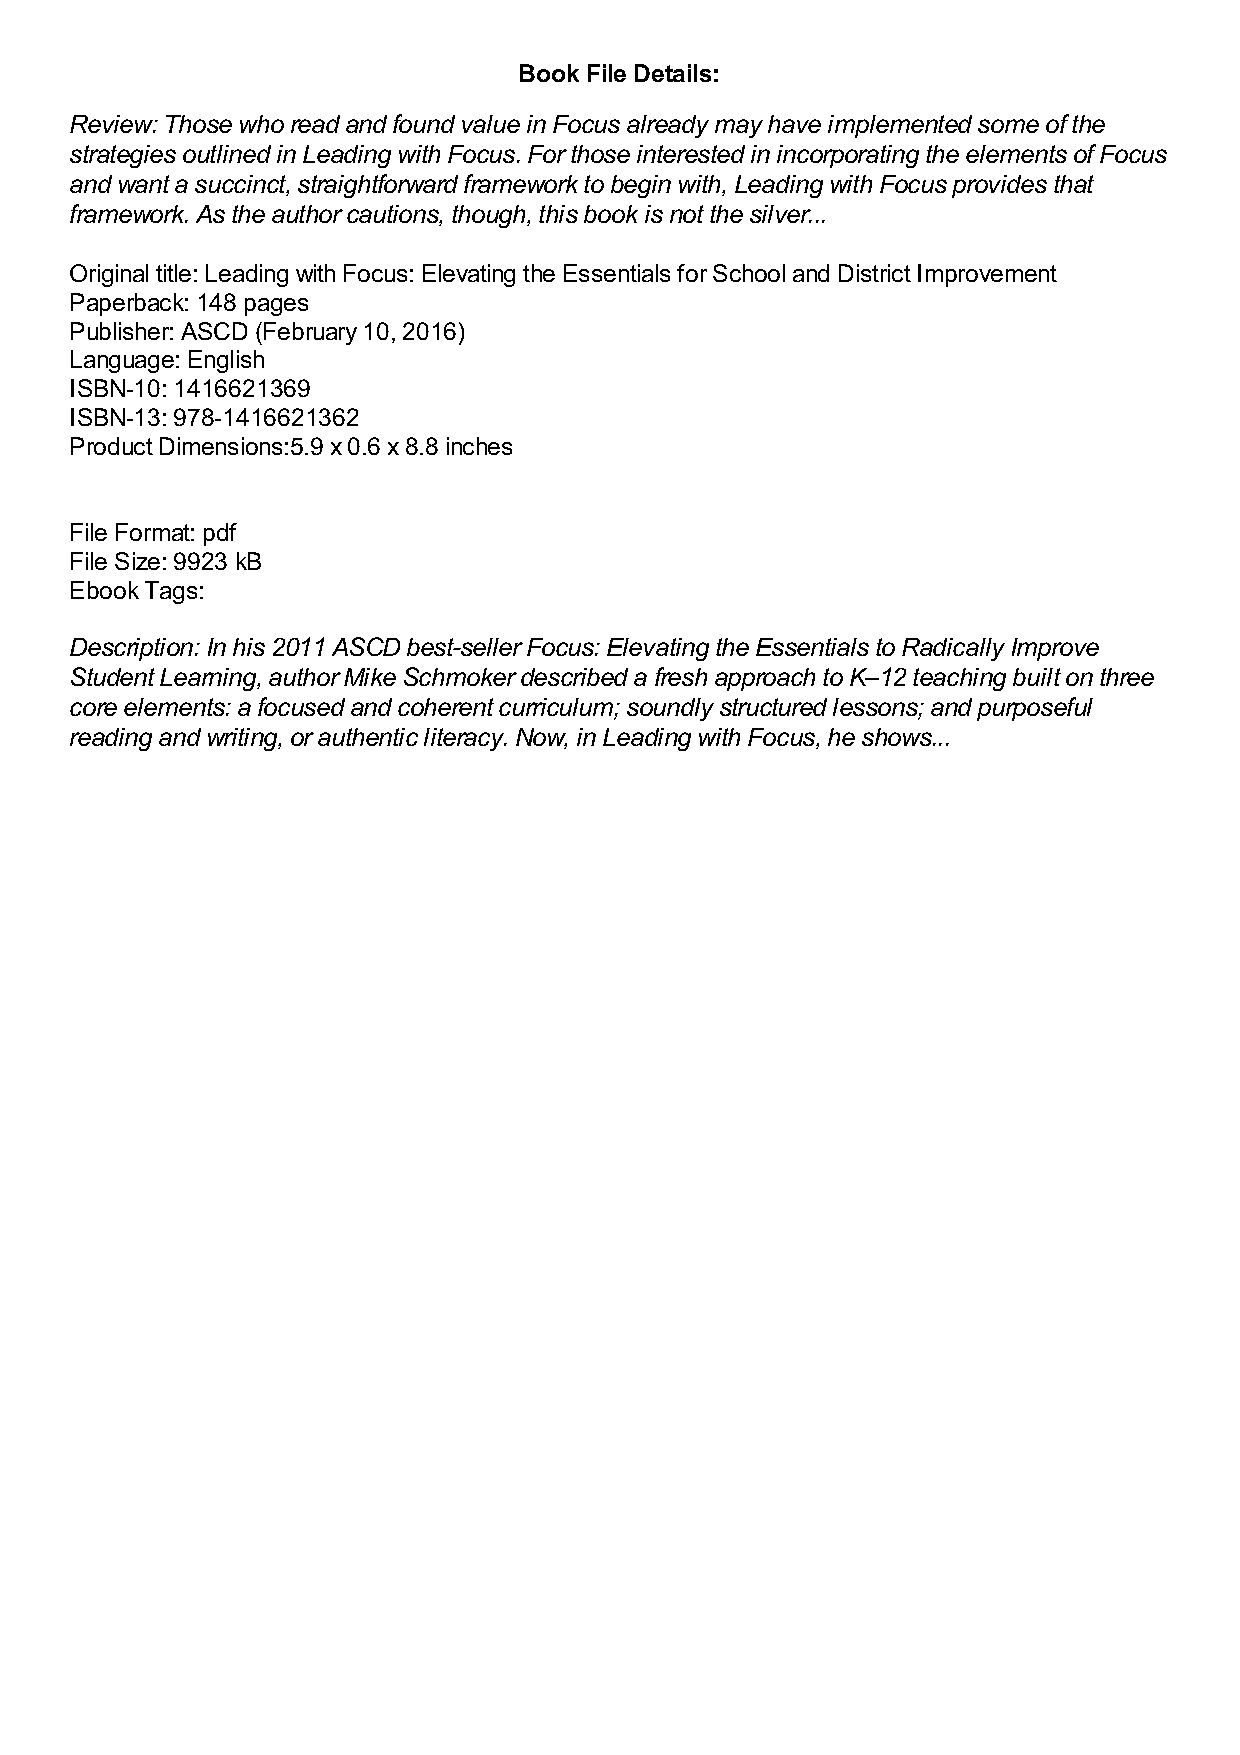
Book File Details:
 Review: Those who read and found value in Focus already may have implemented some of the
 strategies outlined in Leading with Focus. For those interested in incorporating the elements of Focus
 and want a succinct, straightforward framework to begin with, Leading with Focus provides that
 framework. As the author cautions, though, this book is not the silver...
 Original title: Leading with Focus: Elevating the Essentials for School and District Improvement
 Paperback: 148 pages
 Publisher: ASCD (February 10, 2016)
 Language: English
 ISBN-10: 1416621369
 ISBN-13: 978-1416621362
 Product Dimensions:5.9 x 0.6 x 8.8 inches
 File Format: pdf
 File Size: 9923 kB
 Ebook Tags:
 Description: In his 2011 ASCD best-seller Focus: Elevating the Essentials to Radically Improve
 Student Learning, author Mike Schmoker described a fresh approach to K–12 teaching built on three
 core elements: a focused and coherent curriculum; soundly structured lessons; and purposeful
 reading and writing, or authentic literacy. Now, in Leading with Focus, he shows...